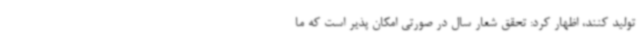
تولید کنند، اظهار کرد: تحقق شعار سال در صورتی امکان پذیر است که ما